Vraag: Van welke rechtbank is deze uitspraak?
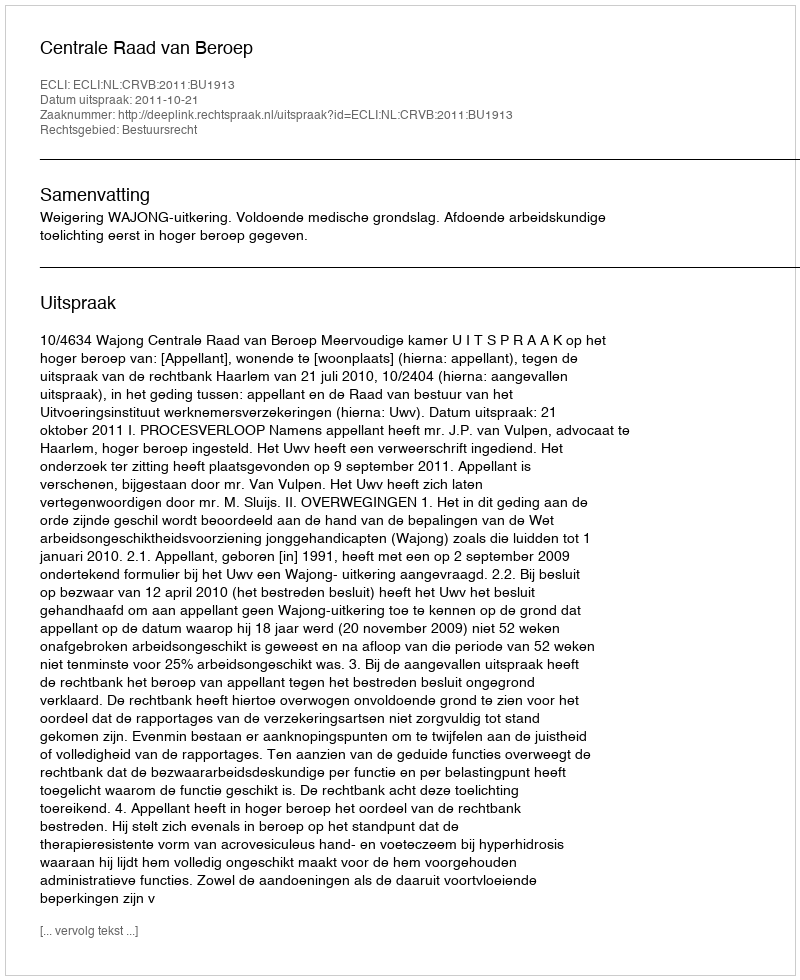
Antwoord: Centrale Raad van Beroep